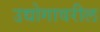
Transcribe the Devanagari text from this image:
उद्योगावरील